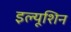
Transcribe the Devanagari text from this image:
इल्यूशिन